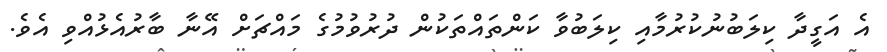
އެ އަގީދާ ކިލަބުނުކުރުމާއި ކިލަބުވާ ކަންތައްތަކުން ދުރުވުމުގެ މައްޗަށް އޭނާ ބާރުއެޅުއްވި އެވެ.